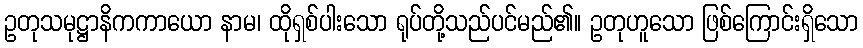
ဥတုသမုဋ္ဌာနိကကာယော နာမ၊ ထိုရှစ်ပါးသော ရုပ်တို့သည်ပင်မည်၏။ ဥတုဟူသော ဖြစ်ကြောင်းရှိသော